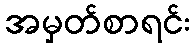
အမှတ်စာရင်း